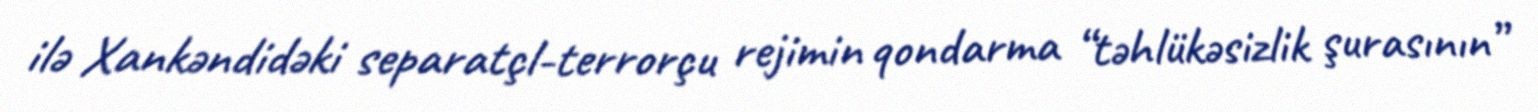
ilə Xankəndidəki separatçl-terrorçu rejimin qondarma “təhlükəsizlik şurasının”